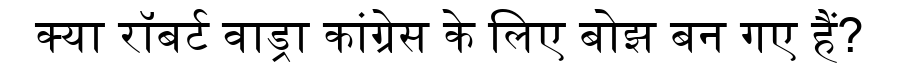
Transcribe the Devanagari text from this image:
क्या रॉबर्ट वाड्रा कांग्रेस के लिए बोझ बन गए हैं?